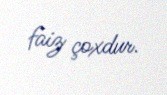
faiz çoxdur.